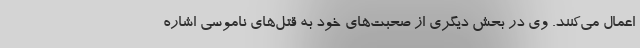
اعمال می‌کنند. وی در بحش دیگری از صحبت‌های خود به قتل‌های ناموسی اشاره